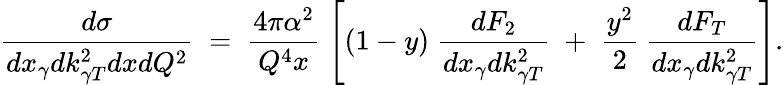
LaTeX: \frac{d\sigma}{dx_{\gamma}dk_{\gamma T}^{2}dxdQ^{2}}\; =\; \frac{4\pi\alpha^{2}}{Q^{4}x}\; \left[(1-y)\; \frac{dF_{2}}{dx_{\gamma}dk_{\gamma T}^{2}}\; +\; \frac{y^{2}}{2}\: \frac{dF_{T}}{dx_{\gamma}dk_{\gamma T}^{2}}\right].